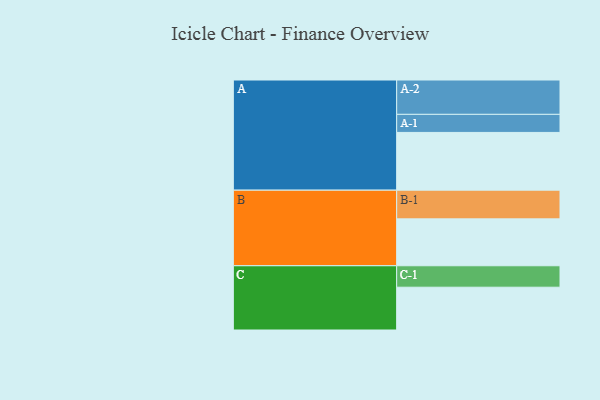
{"axis": {"x": "Segment", "y": "Value"}, "legend": ["", "A", "B", "C"], "data": [{"x": "A", "y": 479, "type": ""}, {"x": "B", "y": 389, "type": ""}, {"x": "C", "y": 355, "type": ""}, {"x": "A-1", "y": 150, "type": "A"}, {"x": "A-2", "y": 285, "type": "A"}, {"x": "B-1", "y": 238, "type": "B"}, {"x": "C-1", "y": 178, "type": "C"}]}